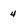
Character: 4